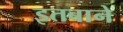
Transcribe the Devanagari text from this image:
इतबाने